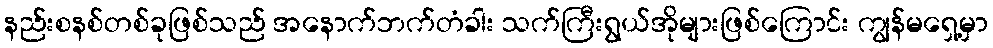
နည်းစနစ်တစ်ခုဖြစ်သည် အနောက်ဘက်တံခါး သက်ကြီးရွယ်အိုများဖြစ်ကြောင်း ကျွန်မရှေ့မှာ